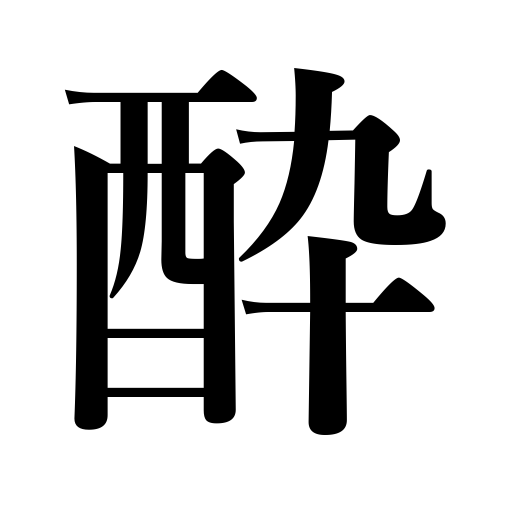
Meanings: be poisoned,feel sick,get drunk,be spellbound,be elated